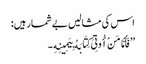
اس کی مثالیں بے شمار ہیں:
’’فَأَمَّا مَنْ أُوتِیَ کِتَابَهُ بِیَمِینِهِ ۔